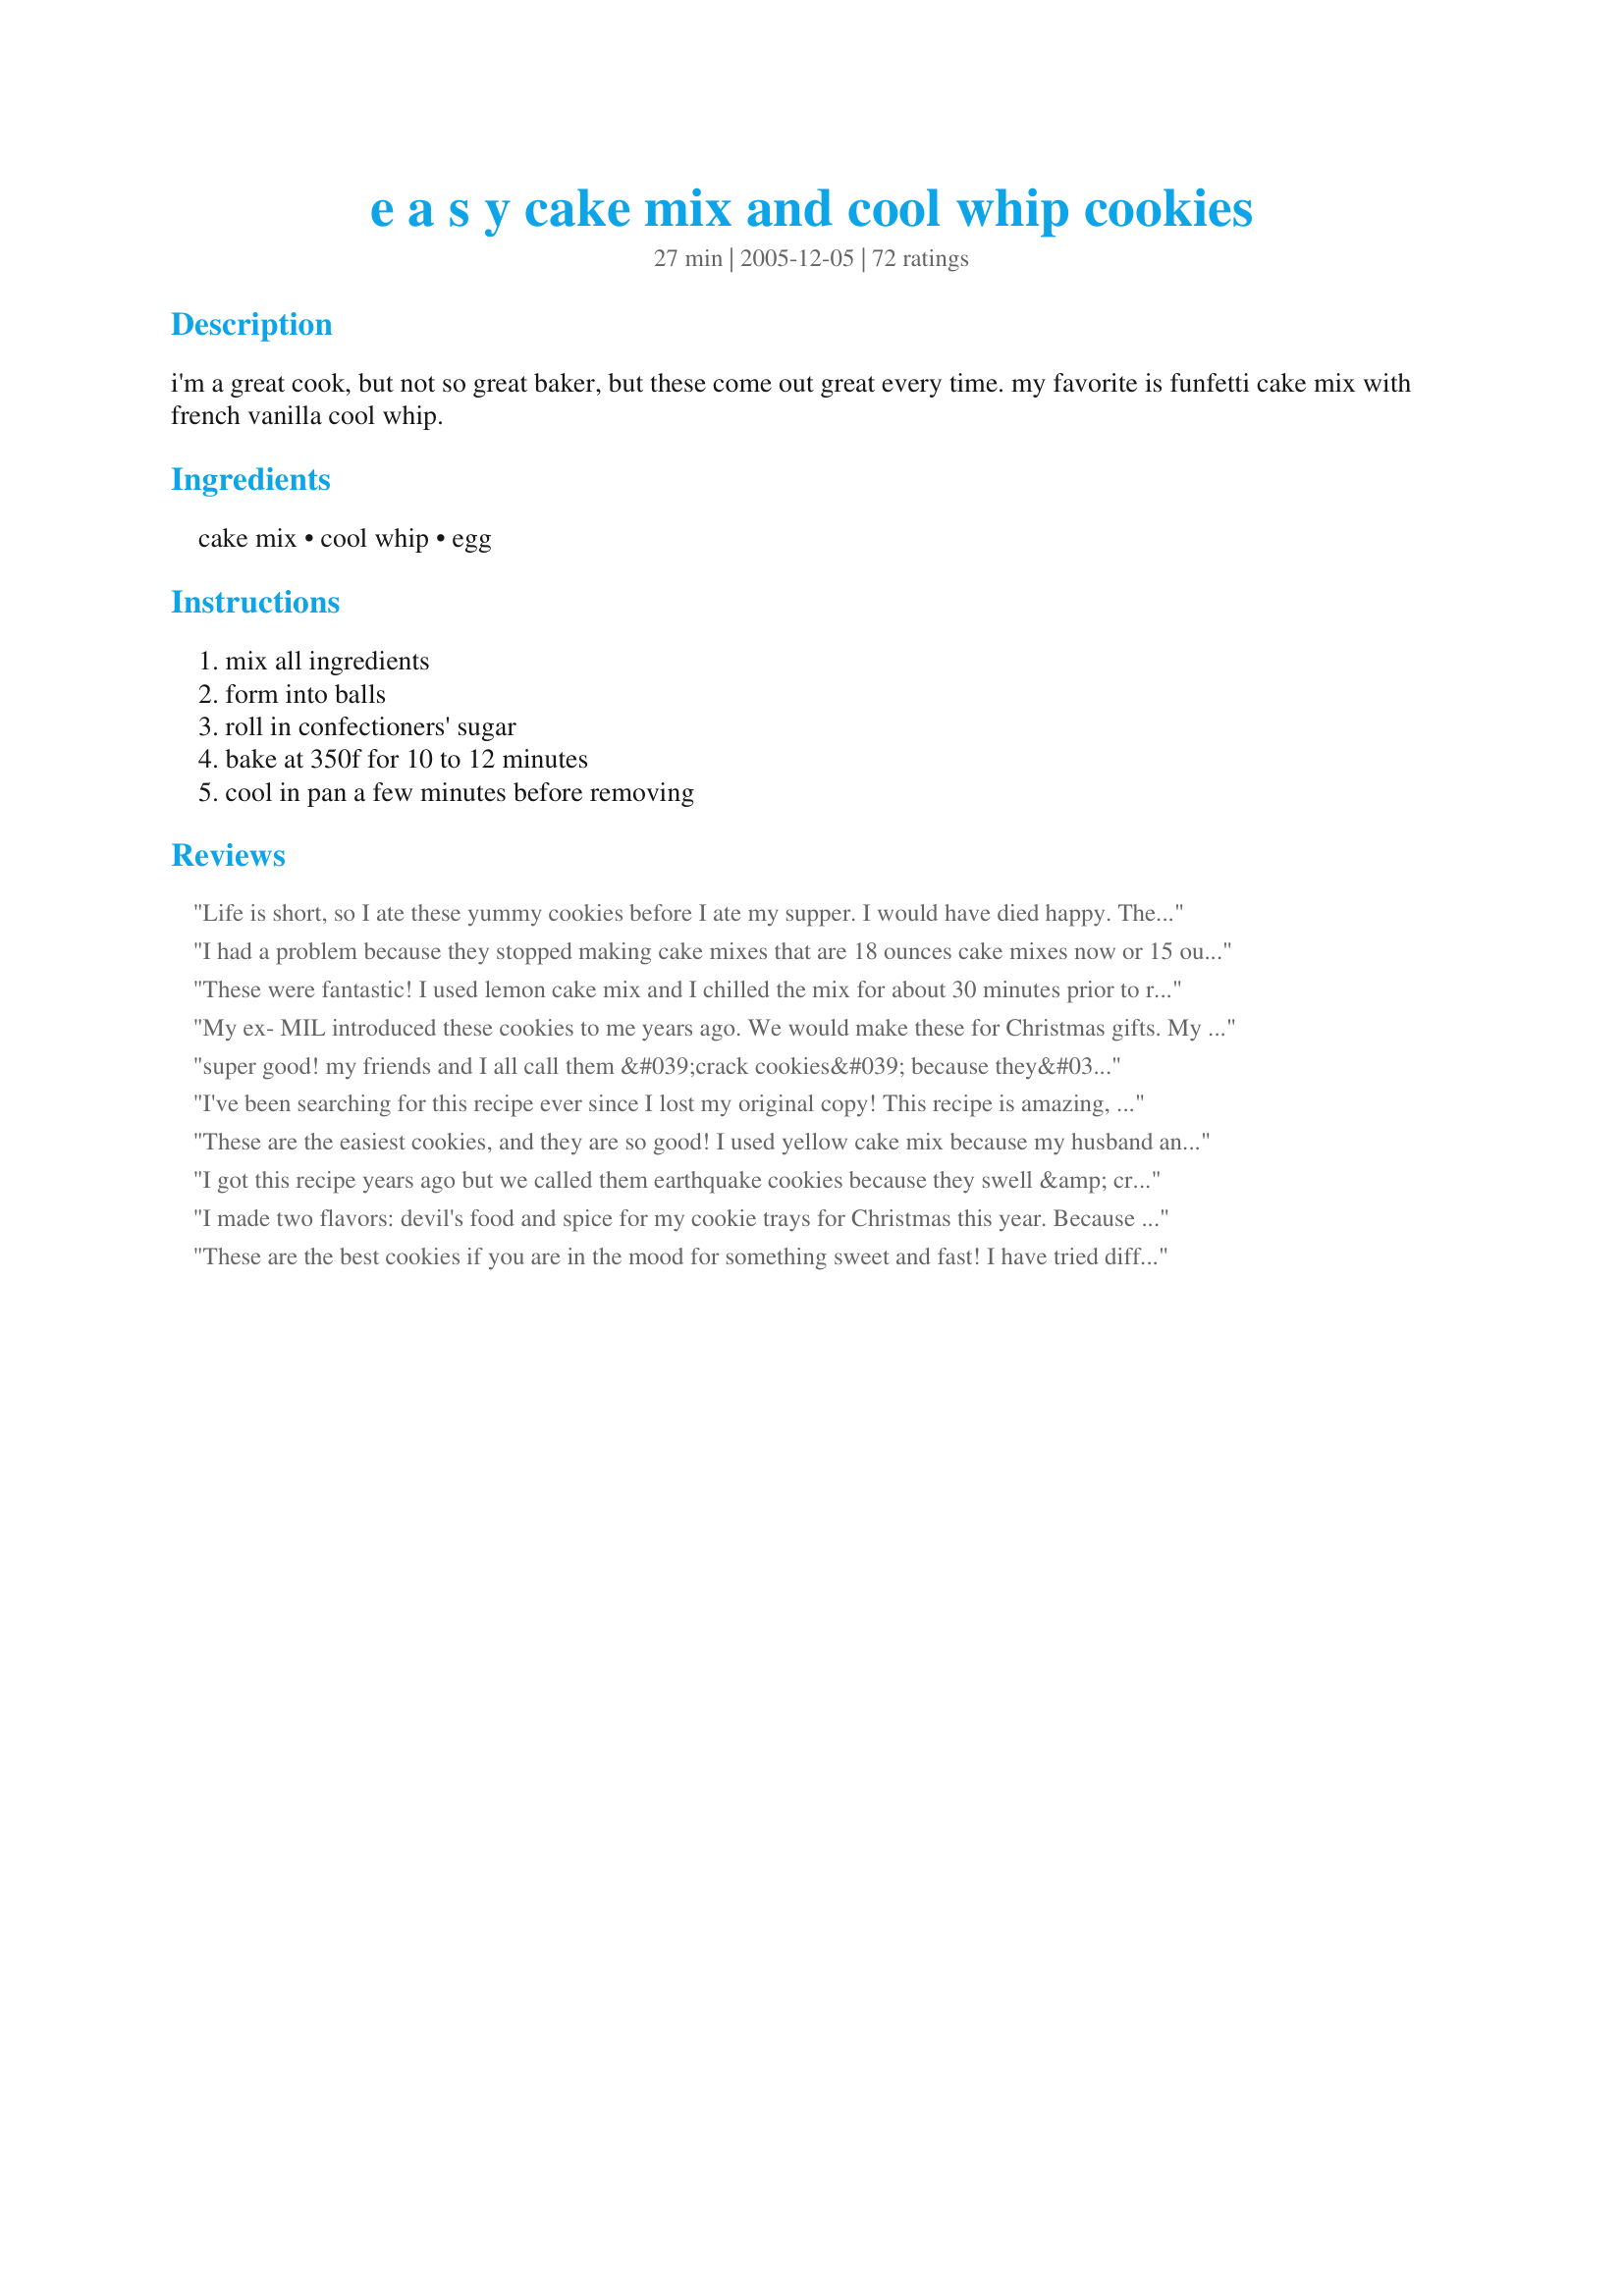
e a s y cake mix and cool whip cookies
Preparation time: 27 minutes

i'm a great cook, but not so great baker, but these come out great every time. my favorite is funfetti cake mix with french vanilla cool whip.

Ingredients:
cake mix, cool whip, egg

Steps:
mix all ingredients, form into balls, roll in confectioners' sugar, bake at 350f for 10 to 12 minutes, cool in pan a few minutes before removing

Reviews:
Life is short, so I ate these yummy cookies before I ate my supper. I would have died happy. They were wonderful. I used a lemon flavored cake mix. I cannot wait to try other flavor combinations.
I had a problem because they stopped making cake mixes that are 18 ounces cake mixes now or 15 ounces I needed to add flour to the recipe. I did not realize this until after I made the cookies and they came out and very gooey. I will have to try it again with flour
These were fantastic! I used lemon cake mix and I chilled the mix for about 30 minutes prior to rolling. I also dipped in powdered sugar after they cooled.
My ex- MIL introduced these cookies to me years ago. We would make these for Christmas gifts. My favorite is red velvet!
super good! my friends and I all call them &#039;crack cookies&#039; because they&#039;re so addicting! the best cake mix to use is funfetti!!
I've been searching for this recipe ever since I lost my original copy! This recipe is amazing, and these cookies are always a hit! My favorite cake mix to use is Devils' Food mix! They're amazing!
These are the easiest cookies, and they are so good! I used yellow cake mix because my husband and I love the flavor of it, and both the dough and cookies were just delicious! Looking at the ingredients, I could not believe that these would work, but they do! I did chill the dough in the refrigerator before baking to make it easier to handle, but it was still very sticky. The easy preparation more than makes up for a sticky dough though. Thank you so much for posting, I will make these again and again!
I got this recipe years ago but we called them earthquake cookies because they swell &amp; crack open when you bake them. Lol. I have always mixed these with a potato masher since the dough is so thick. As for messy...yes they are but I normally coat my hands with the powdered sugar before I start rolling the dough into balls,. &amp; when you&#039;re all done you can lick your fingers clean. Yum!
I made two flavors: devil's food and spice for my cookie trays for Christmas this year. Because the batter is really sticky, I used a spoon to drop the batter into the powdered sugar and then rolled it around. My cookies were done in 10 minutes. I can't wait to try other flavors of cake mixes.
These are the best cookies if you are in the mood for something sweet and fast! I have tried different flavors and combinations and we like the lemon or the orange cake mixes the best. My secret for making these cookies extra flavorful is to add a crystal light/great value drink mix...all you need is one. For the lemon cake mix I used a pink lemonade drink packet and for the orange cake mix I used a orange sunrise packet. I also added an extra egg...and cooked for 10 minutes. Yummy!
I made the Funfetti/French Vanilla combo to take to my grandson's football game. Everyone loved them! The taste was somewhat familiar to people because of the cake mix flavor but they had trouble identifying it. This weekend I'm making chocolate fudge cake mix/chocolate cool whip! They were very easy to make even though I had cookie batter all over my hands when rolling them in the powdered sugar! Can't wait to try other combinations - thanks for a fun recipe!!
I very much enjoyed these cookies! I omitted the egg and used light cool whip. I do weight watchers and they are very low in points. Very pretty and very rich! I mixed the dough when the cool whip was still frozen and had no problems with the dough being too sticky to work with!
There were sooo easy! I just did the plain chocolate, since that is what I had in the house. I am excited to try other flavors. Thanks for sharing :-)
wooo-WEEEE this was a sticky batter! I used spice cake mix and regular Cool Whip. I tried the "putting sugar in my hands" trick and it didn't work out for me. I ended up just spreading the batter into the cookie sheet and it made like a cake kind of thing. I cut them into bars. It was good just too hard to roll into balls for me.
I had a container of Cool Whip in my fridge from another recipe and so I decided to give this simple recipe a try. These have to be the easiest and most delicious cookies ever. I love how versatile this recipe is flavor wise. I want to try the chocolate cool whip with a devils food cake mix sometime! YUM!
Fantastic recipe! I've used a choc fudge cakemix with rum flavoring, white cake with strawberry flavoring, yellow with cinnamon, and funfetti. So simple and FAST! I took it to work and shared the recipe with guys who wanted to impress their wives and girlfriends! What a hoot! I'll be making more today. Chilling the dough is very helpful!
I did my holiday baking this weekend and made three different batches of these cookies: spice cake, devil's food cake, and lemon cake. All of them are deliciuos!
Oh, so very easy! Used a devil's food cake mix and put my 13 year old in charge! We have never had cookies like these before, and they are a big hit. Already, we are trying to decide which cake mix we will try next. Thanks for sharing. Made for PAC 2011.
These are really wonderful when you use Duncan Hines Orange Supreme cake mix. It's sometimes hard to find but well worth it!!
Good, easy recipe. Tips...I used gloves sprayed with Pam....made working with a very thick dough much easier. Going to try again but add a couple drops of peppermint flavoring to batter and sprinkle with tiny amount of crushed candy cane!!
MOST excellent! &lt;3 I used a spice cake mix, my store&#039;s brand of fat free non~dairy topping, and added allspice, cardamon, &amp; cinnamon. Because they expand ( &amp; &#039;cause I made BIG dollops of sugar~coated batter ), I ended up with four cookie sheets of yummy goodness. *G* I had been craving some beignets ( but am too lazy to make them from scratch ) to go with my coffee and these satisfied that yen perfectly. B|
the cookies tasted pretty good and they were really presentable, but it was really difficult to mix the batter because it was so sticky. i made 24 cookies using only half the cake mix and each cookie was only 60 calories with half a gram of fat becuase i used fat free cool whip and egg beaters. These cookies were nice, but i would probably opt for a different cookie next time
Lemon cake mix is awesome! I think I ate more of the batter than the cookies!!!
These were easy and good. I agree with others that you need to refrigerate the dough for about 15 minutes before rolling into balls to make the dough easier to work with. The cookies were very moist. I used spice cake and took them for Halloween get together.
umm, can i give these more than 5 stars?<br/><br/>my sister made these for me and mailed them from SC to IL. i received them today and they are by far the best cookies i've ever had. and i've had A LOT of cookies. they are soft, chewy and fluffy all at the same time. amazing.<br/><br/>she used the funfetti cake mix and chocolate chips. so good.<br/><br/>i'm going to make lemon ones and red velvet ones. can't wait!<br/><br/>thanks for posting this!!
I've made these before - I think I got the recipe from one of the books in the Leisure Arts series. Very good!
I've made these quite a few times. Now I am going to try them with an orange cake mix for something different. We love them.
I heard about this cool whip and cake mix cookies on thursday ..while i was at the senior center ladys potluck ..i said i was making the cookies..but the other recipe with the butter and egg .. a lady told me about this ..so decided to get my cool whip and try it ..Love it ..willl be giving some to friends this Christmas..I give it 5 stars plus ..so easy ..bring some more cake mix recipes ON!!
Very good tasting and easy to make.Dough was hard to stir but well worth it.Thanks
I have been making these cookies for years. Do not add additional flour as suggested they are supposed to be sticky. Dropping into the icing sugar and rolling is what makes them easy to handle. I roll them after this into a little ball the bake. Pecan cake mix is one of the favorites of the family but any flavor is yummy.
I used Betty Crocker lemon cake mix. They made a very nice presentation on the cookie platter. The dough was difficult to work with. Mine took 12 minutes to bake.
Easy to make, but seems quite sweet. I used a piping bag and filled it with the dough. Also let the dough set a while and it is not so sticky. Put confectioners in a bowl and pipe the dough into the sugar and roll it around with a spoon, no sticky hands
Did anyone else have issues with the oven smoking like CRAZY? It's so bad that I have a window open because the fan isn't pulling enough smoke out. And it's 35&deg; outside! I read the directions and the comments. Made my little balls of dough, rolled them in confectioner's sugar and put them on parchment paper. Baked at 350&deg; for 12 minutes. The crazy part is that my cookies are fine. Maybe even a little UNDER cooked. Any advice to help with my smoke problem? I still have a whole other batch to make. Help! ??
I used to make these at home with my mom, but had lost the recipe. I was so happy to find it again. I have made them in chocolate and lemon. Both were great! I get asked for the recipe every time I share them.
I tried this recipe and couldn't get the cookies to turn out at all, they wouldn't stick together...I wasted a tub of Cool Whip, a cake mix and an egg.
This is a very easy and great tasting recipe. The dough is sticky but the end result is great! Thanks for sharing....
These are so great! I have made them twice (the first time the batter overwhelmed me with how gooey it was, but the second time I was prepared with a cookie scooper) and everyone loved them. The scoop helped tremendously, and I have repeatedly been asked to make more. I highly suggest trying these in lemon or strawberry! And remember, use a scooper!
I guess I grew up in a protected environment, but where I come from, desserts and cookies are sweet! Why, we even called them "sweets"!
So, if I don't want sweet, I don't make it.
Anyway, we like these cookies (made according to the recipe) and want to make more flavors. The folks at work thought they were very good and several gals are having their kids to make them for school projects.
I found that if you dust your hands with the sugar before forming the dough balls, they don't stick to your hands. Chilling the dough also helps.
Thank you for the great post, Mikey!
I loved these! My kids thought it was delicious. I did chill for awhile and dampened my hands while rolling. I actually forgot recipe called for an egg ( which probably would have made my dough easier) but it tasted so great and they puffed up beautifully. We used chocolate cake and low fat cool whip.Yumm!
We made these today - one batch with chocolate and another with lemon. They turned out great. I'd like to try other flavors now.
These cookies turned out awesome. I used a chocolate fudge cake mix and regular cool whip. The dough is hard to work with, but if you chill it in the fridge for about an hour it's much easier to deal with. I also used my cookie scoop and in between scoops I'd dip it into the powdered sugar, scoop the dough, then dropped the dough into the powdered sugar and rolled it around. My hands didn't get sticky and I got perfectly round and evenly sized cookies.
This recipe intrigued me because of the ingredients and I couldn't resist giving it a go. I used a lemon cake mix. It wasn't the easiest batter to work with, that's for sure. It helped a great deal when I put it in the freezer for a short time and kept my hands clean and wet. The results are a soft cookie that we enjoyed. I thought my grandchildren would like them more than they did, but I guess if it isn't loaded with chocolate in some form it's not worth their bother, LOL! My DH took some to work to share with his co-workers, and they were consumed in short order; what better compliment can a cook receive? Next time I make these, and I will make them again, I will try using a chocolate cake mix and see if it stirs more interest from the grandchildren. Thanks Mikey Greenberg, for contributing this very interesting recipe.
I made these for my co-workers and they loved them! I used the recommended tip and chilled the dough before forming them into balls ;)
I'm not a great baker, I took the hints here (chilled the dough), etc. and HOLY COW I MADE FABULOUS COOKIES. The recipe is so easy - the dough IS sticky - what I ended up doing was dunking my fingers in the powdered sugar, grabbing some dough and plopping it in the bowl of powdered sugar - then rolled it around - my fingers stayed "pretty clean" once I figured that out.
Do you mix the cake as directed on the box and add the cool whip
Four ingredients makes a great cookie! And any flavor boxed cake mix will do. For all those that can't get past how sticky the dough is, here's a hint: USE A SMALL ICE CREAM SCOOPER. Put your powdered sugar in a ziplock bag, drop the dough in the bag, shake-shake, and use a spoon to scoop out. No messy hands.
I&#039;ve had these cookies at a coffee shop an I&#039;m so happy I can finally make them! The dough tasted great, but was incredibly hard to roll out and stuck to my fingers really badly, but that&#039;s ok. Sometimes a mess isn&#039;t a bad thing. Love these cookies!
these are great! used fat free cool whip, and 2 egg whites, so were low fat. Not too sweet, crispy outside (have a screwy oven), soft inside. Will definately make again!
A friend told me about this recipe after I tasted a batch that she had made. I couldn't believe how wonderful they tasted and my mind went crazy with the possibilities! Although the dough is a little tough to work with, I never really have any problems. I don't roll them into balls. I use to spoons to manipulate the dough into something that resembles a ball...that way the dough doesn't stick to me! I have made up some of my own recipes using this as my basis! I love it!
These were a big hit at two different events. I made as written using low fat cool whip and lemon cake mix. The dough is more than a bit sticky but it was not an issue as I just used a small scooper and dropped into a bowl of powdered sugar which worked like a charm, afterwards did see some reviews refrigerated but the large bowl of powdered sugar was good for me. This is a great last minute recipe that I will be using often. Thanks so very much for the post.
I made these tonight for a cookie exchange. I used devil food, lemon, and cherry cake mixes. I also added flavor to the powdered sugar with cocoa powder, lemon koolaid, and cherry koolaid. The batter was very sticky, so I used a small cookie scoop and dropped it right in the sugar then rolled it around. Thanks!
Great!
I followed recipe as written. I did not like this cookie at all. It was not a hit with my family so I will not be making this recipe again.
I've been making these for years, and they have been nicknamed Angel Cookies in our family because they are so light and chewy. Before making the balls I apply cooking spray to my fingers. No need to chill the dough, but you do need to keep respraying your fingers. I also add colored sugar to the powdered sugar for the holidays before rolling the balls.
Big hit in my house! I used funfetti cake mix and the box was only 15.25oz. Thought that might be the reason it was so sticky then I came and read some reviews. I used a melon scoop to drop my cookies so that's what I used to drop these (it's the only way my cookies come out relatively uniform) and forks to roll 'em in the powdered sugar then place on the cookie sheet. didn't have parchment paper to use but won't make them again without it. All in all and easy and tasty cookie :)
Wow, I was looking for something beyond simple to make for a little dessert tonight. This was definitely the ticket! I will continue to make these for a very VERY long time!!! Good job Mikey!
These were not very good, i'm sorry. The dough was very hard to work with it was really sticky, and stiff. When i baked them, they were kind of bitter.
Great recipe- making these for a while now- so easy and quick ! Taste great also !!
I love these cookies, but have to keep my dog put away when I make them. She doesn't steal food often, but will steal these! She will hold it competely in her mouth and give me the look of "Cookie? What cookie? I don't know anything about a missing cookie." And she's covered in powdered sugar!
I loved the taste of these cookies but rolling them was a pain in the you-know-what. I even followed the suggestion of wet hands but that didn't help mine. I used a devil's food cake mix and the taste was divine....but the forming of the balls brought this to a 4 star. Made for PAC Spring 2012.
I have made these cookies 5 times with a different flavor cake mix each time. I will be repeating the butter pecan flavor this time. I take the cookies to a group of off ice officials at the Allen Americans Hockey team in the ECHL and get great reviews every time I do. Never have any left over.
So easy to make, I use my small stainless steel scoop to form the balls and a fork to toss in the sugar. Cooked a little fast but that might have been my oven.
If you cool them in the fridge prior to rolling, the dough is more managable.
I just made these with a lemon cake mix and added 2 tsp of lemon juice to the mix. Excellent! So chewy and delish!
I made 2 batches, one spice cake the other lemon. I'll agree that keeping the batter very cold is a must. This batter was not at all easily balled by hand but 2 spoons made the shaping much easier. My spice batch were puffy, ugly and really unappetizing in appearance but taste pretty good. The lemon batch look lovely, bright, flat and perfectly crackled. However they taste pretty gross. Super overwhelming faux lemon flavor. I don't find them overly sweet, bur they do not taste great to me. I think if I attempt these again I'll use a plain yellow or white box cake and add my own flavors. They are easy, quick and really cheap to make.
I made these using a lemon cake mix and posted a picture on here of the results! I know that others have made these with just about every cake mix and flavored cool whip combination available! 

Paulette
I used a Swiss chocolate cake mix with peppermint cool whip. If you like chocolate with a hint of mint, these are for you.
These were just "OK" by me. Easy recipe - I had all of the ingredients on hand. Mine didn't look anything like Je see ka's photo. They fell apart, even after cooling, and seemed too "caky" to be a cookie.
I made it with a German Chocolate cake mix an added milk chocolate chips and some coconut. Wow, this is now my "Secret Family Recpie"
I am making these as we speak! They are so good, soft and oh so yummy. The batter is extra sticky rolling them out but they are EXCELLENT and way to easy!
I found the dough very stickey & hard to work with & the taste is ultra sweet. Would not make them again.
My daughter made these last nignt for the staff at the school where she works. She used the Funfetti cake mix and French Vanilla Cool Whip. The one I got to taste was yummy. Hope there are some left over for her to bring home. If not, we will be making more tonight. Thanks for a great recipe.
Carly
I will update this after the feedback from school
